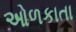
ઓળકાતા